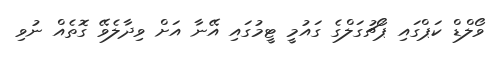
ވޯލްޑް ކަޕްގައި ޕޯޗުގަލްގެ ގައުމީ ޓީމުގައި އޭނާ އަށް ވިދާލެވޭ ގޮތެއް ނުވި